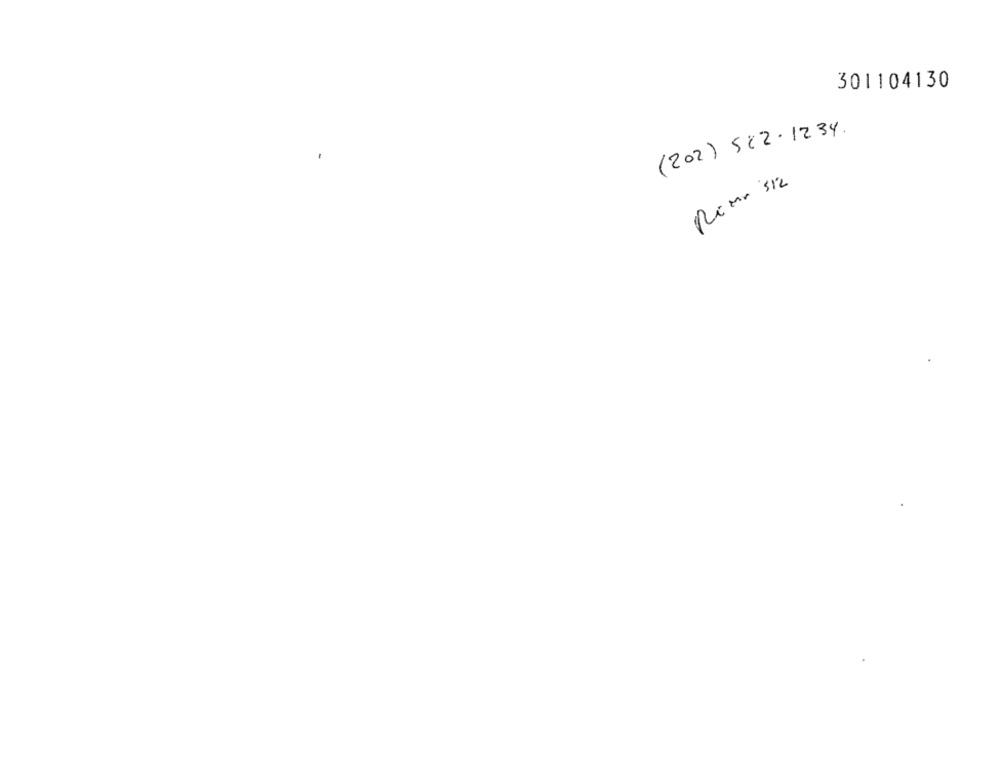
301104130
(202) 542- 1234.
Rima 312